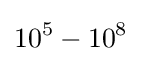
{10^{5}-10^{8}}